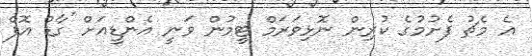
އެ މެޗު ފެށުމުގެ ކުރިން ނޮޅިވަރަމް ޓީމުން ވަނީ އެންޑީއަށް 'ގާޑް އޮފް